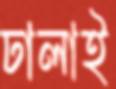
ঢালাই